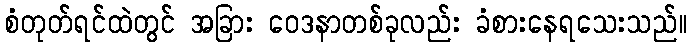
စံတုတ်ရင်ထဲတွင် အခြား ဝေဒနာတစ်ခုလည်း ခံစားနေရသေးသည်။